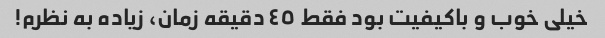
خیلی خوب و باکیفیت بود فقط ٤٥ دقیقه زمان، زیاده به نظرم!